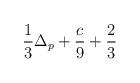
LaTeX: \begin{align*}\frac{1}{3}\Delta _{p}+\frac{c}{9}+\frac{2}{3}\end{align*}